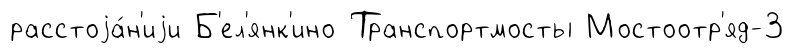
расстоjа́н'иjи Б'ел'янк'ино Транспортмосты Мостоотр'яд-3